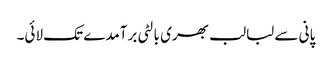
پانی سے لبالب بھری بالٹی برآمدے تک لائی۔